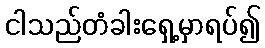
ငါသည်တံခါးရှေ့မှာရပ်၍